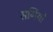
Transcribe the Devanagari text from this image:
सर्गियो